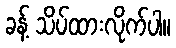
ခန့် သိပ်ထားလိုက်ပါ။